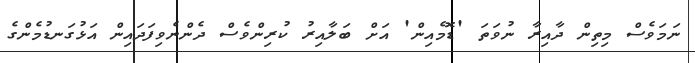
ނަމަވެސް މިތިން ދާއިރާ ނުވަތަ 'ޑޮމެއިން' އަށް ބަލާއިރު ކުރިންވެސް ދެންނެވިފަދައިން އަޅުގަނޑުމެންގެ